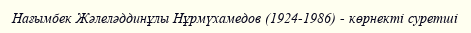
Нағымбек Жәлеләддинұлы Нұрмүхамедов (1924-1986) - көрнекті суретші